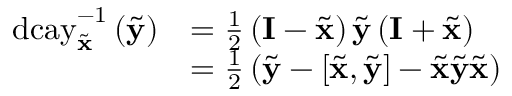
\begin{array} { r l } { \mathrm { d c a y } _ { \tilde { \mathbf { x } } } ^ { - 1 } \left( \tilde { \mathbf { y } } \right) } & { = \frac { 1 } { 2 } \left( \mathbf { I } - \tilde { \mathbf { x } } \right) \tilde { \mathbf { y } } \left( \mathbf { I } + \tilde { \mathbf { x } } \right) } \\ & { = \frac { 1 } { 2 } \left( \tilde { \mathbf { y } } - \left[ \tilde { \mathbf { x } } , \tilde { \mathbf { y } } \right] - \tilde { \mathbf { x } } \tilde { \mathbf { y } } \tilde { \mathbf { x } } \right) } \end{array}